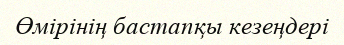
Өмірінің бастапқы кезеңдері